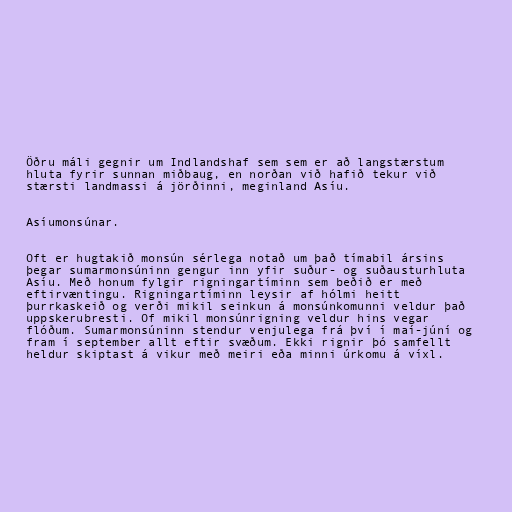
Öðru máli gegnir um Indlandshaf sem sem er að langstærstum
hluta fyrir sunnan miðbaug, en norðan við hafið tekur við
stærsti landmassi á jörðinni, meginland Asíu.

Asíumonsúnar.

Oft er hugtakið monsún sérlega notað um það tímabil ársins
þegar sumarmonsúninn gengur inn yfir suður- og suðausturhluta
Asíu. Með honum fylgir rigningartíminn sem beðið er með
eftirvæntingu. Rigningartíminn leysir af hólmi heitt
þurrkaskeið og verði mikil seinkun á monsúnkomunni veldur það
uppskerubresti. Of mikil monsúnrigning veldur hins vegar
flóðum. Sumarmonsúninn stendur venjulega frá því í maí-júní og
fram í september allt eftir svæðum. Ekki rignir þó samfellt
heldur skiptast á vikur með meiri eða minni úrkomu á víxl.